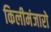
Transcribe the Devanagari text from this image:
किलीमंजारो